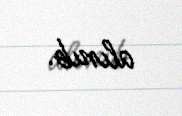
alınıb.